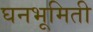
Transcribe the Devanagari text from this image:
घनभूमिती